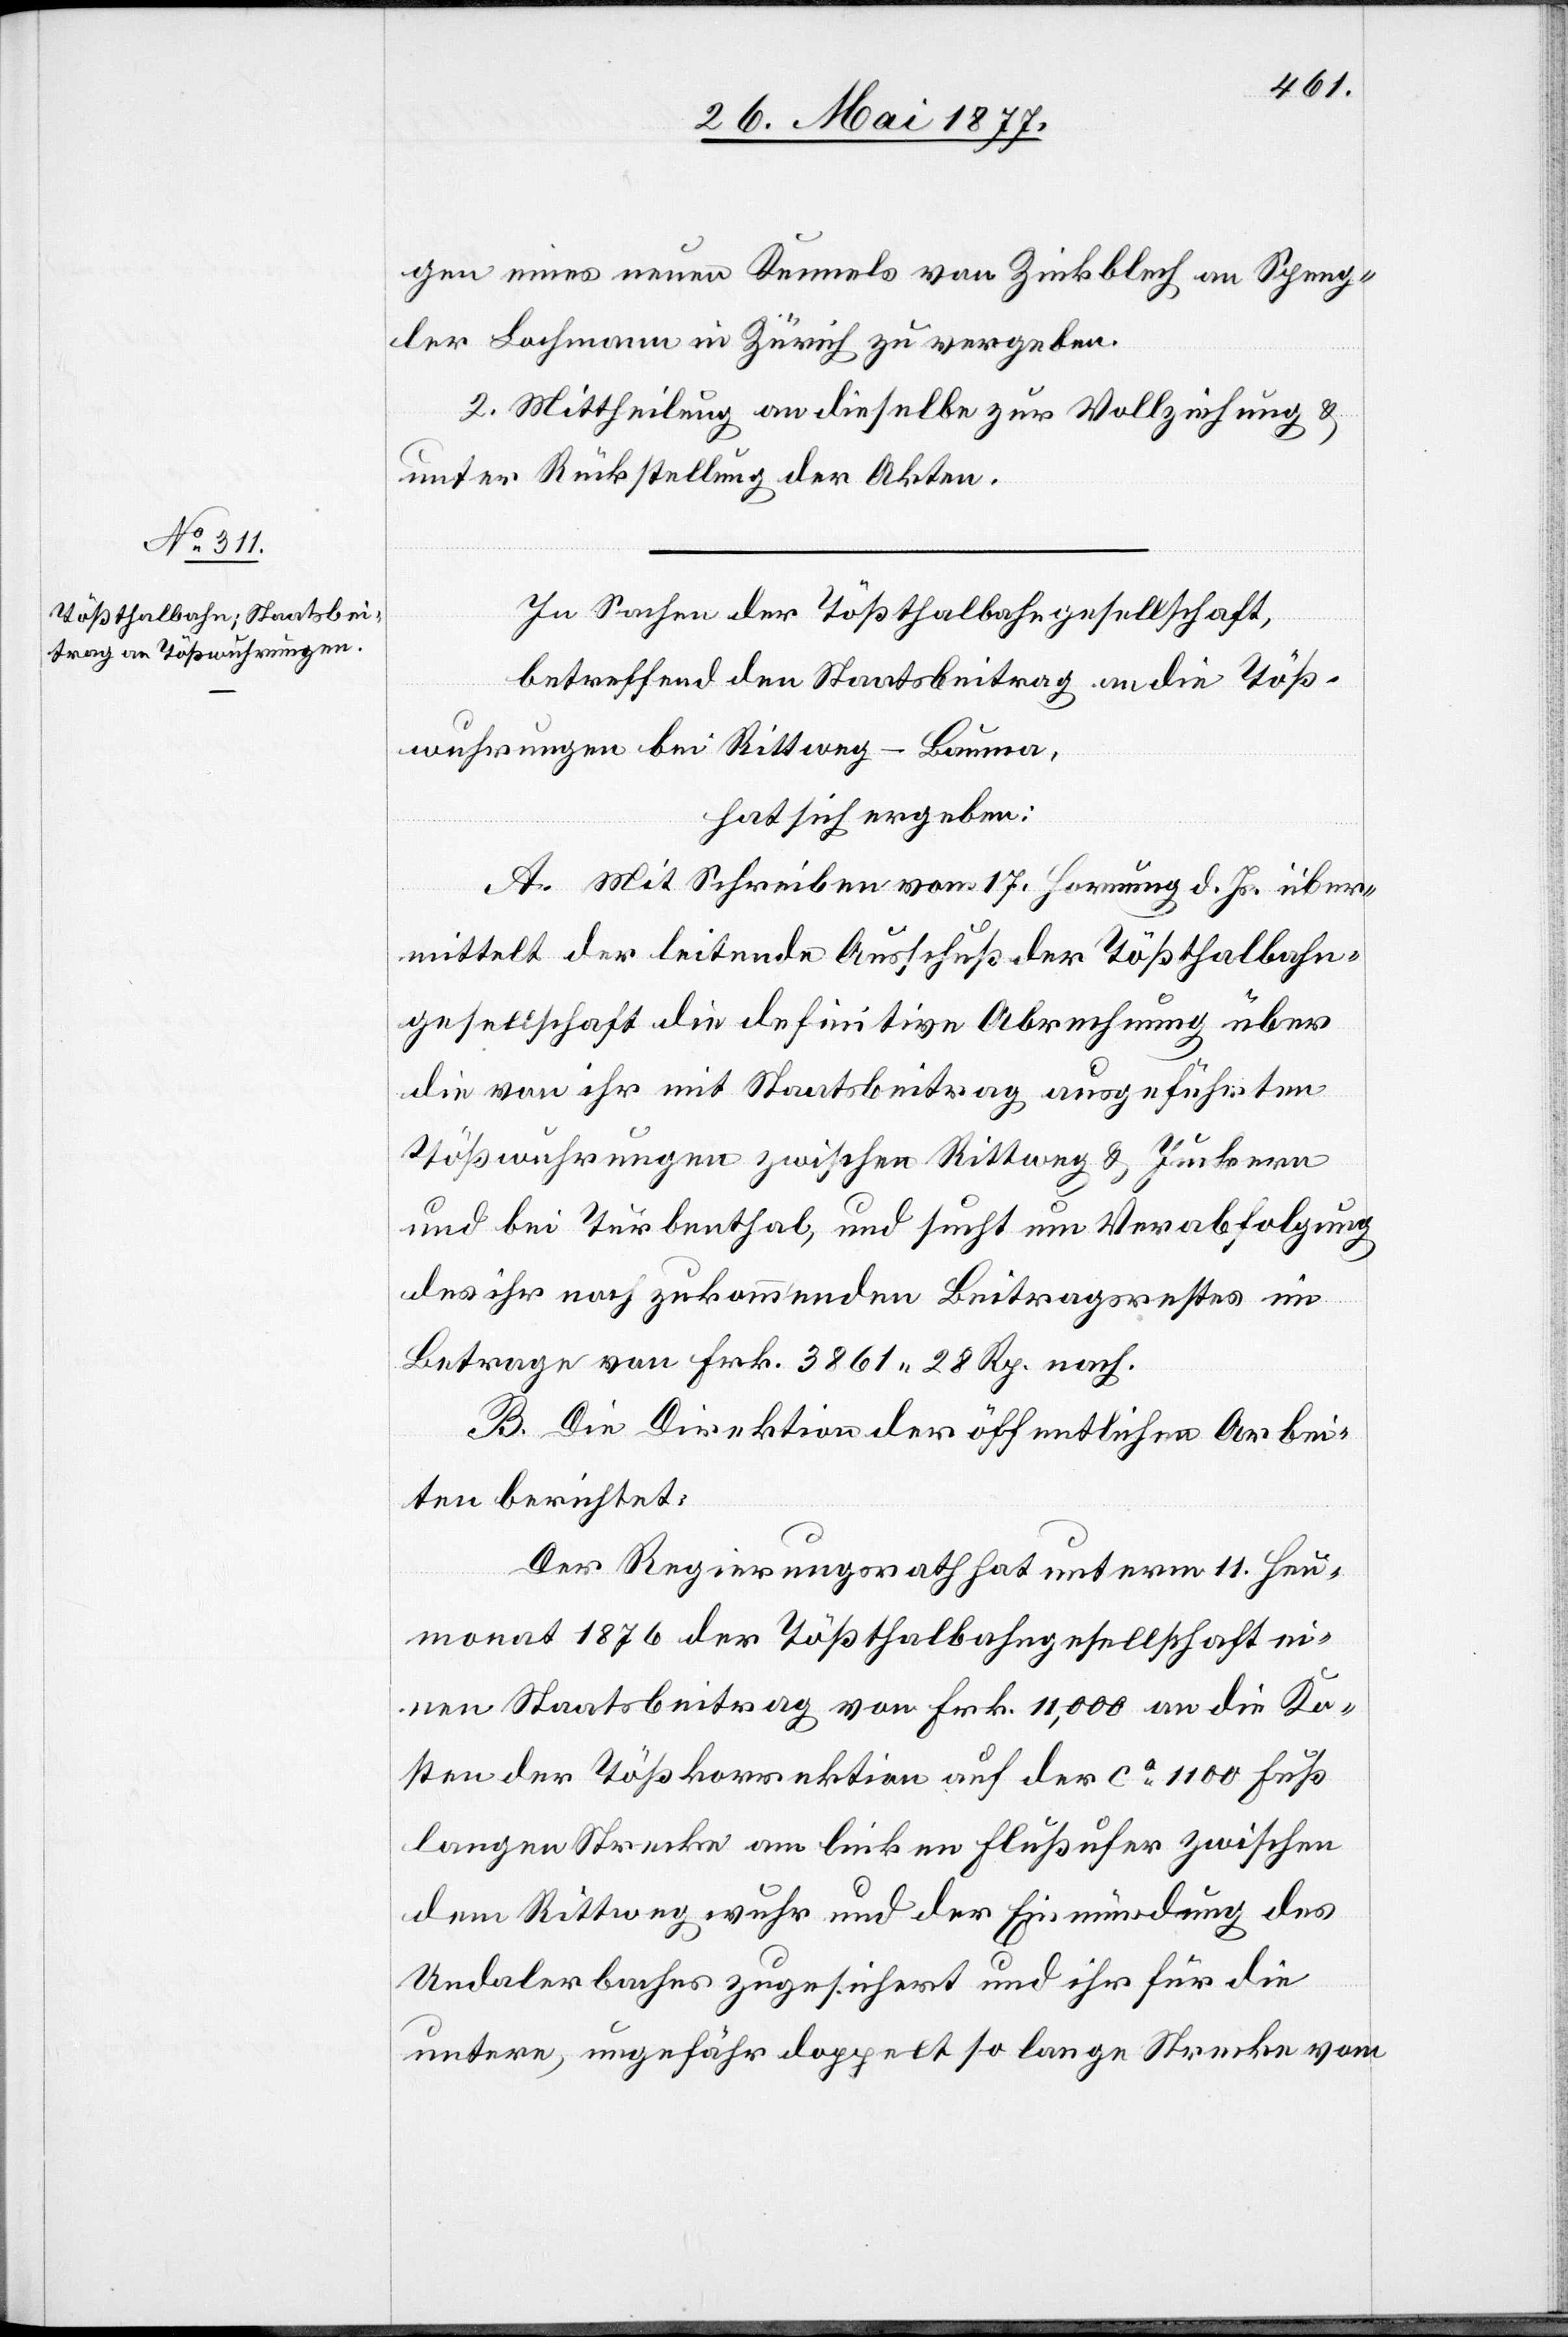
gen eines neuen Kennels von Zinkblech an Speng¬
ler Bachmann in Zürich zu vergeben.
2. Mittheilung an dieselbe zur Vollziehung &
unter Rückstellung der Akten.
In Sachen der Tößthalbahngesellschaft,
betreffend Staatsbeitrag an die Töß¬
wuhrungen bei Rittweg - Bauma,
hat sich ergeben:
A. Mit Schreiben vom 17. Hornung d. Js. über¬
mittelt der leitende Ausschuß der Tößthalbahn¬
gesellschaft die definitive Abrechnung über
die von ihm mit Staatsbeitrag ausgeführten
Tößwuhrungen zwischen Rittweg & Juckern
und bei Turbenthal, und sucht um Verabfolgung
des ihr noch zukommenden Beitragsrestes im
Betrage von Frk. 3861 28 Rp. nach.
B. Die Direktion der öffentlichen Arbei¬
ten berichtet:
Der Regierungsrath hat unterm 11. Heu¬
monat 1876 der Tößthalbahngesellschaft ei¬
nen Staatsbeitrag von Frk. 11,000 an die Ko¬
sten der Tößkorrektion auf der ca 1100 Fuß
langen Strecke am linken Flußufer zwischen
dem Rittwegwuhr und der Einmündung des
Undalerbaches zugesichert und ihr für die
untere, ungefähr doppelt so lange Strecke vom